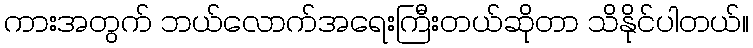
ကားအတွက် ဘယ်လောက်အရေးကြီးတယ်ဆိုတာ သိနိုင်ပါတယ်။